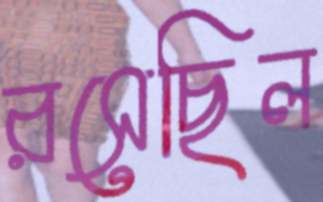
রসেছিল